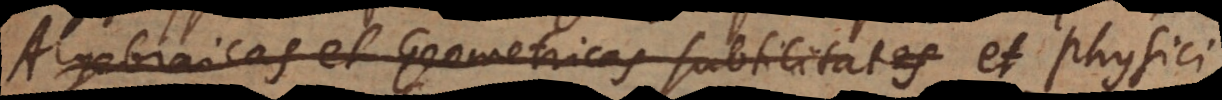
Algebraicas et Geometricas subtilitates et Physici